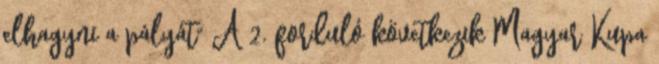
elhagyni a pályát" A 2. forduló következik Magyar Kupa